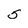
Character: 5